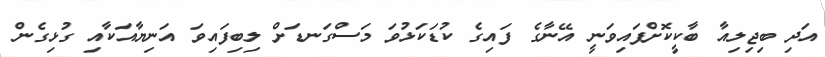
އަދި ބިޖިލިއާ ބާކީކޮށްފައިވަނީ އޭނާގެ ފައިގެ ކުޑަކަޅުވަ މަސްގަނޑަށް ލިބިފައިވަ އަނިޔާއަކާއި ގުޅިގެން